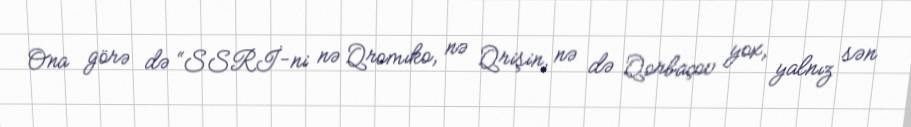
Ona görə də “SSRİ-ni nə Qromıko, nə Qrişin, nə də Qorbaçov yox, yalnız sən